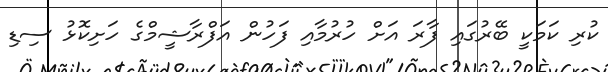
ކުރި ކަމަކީ ބޭރުގައި ފާރަ އަށް ހުރުމާއި ފަހުން އަފްރާޝީމްގެ ހަށިކޮޅު ސިޑި